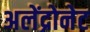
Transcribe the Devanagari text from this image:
अलेंद्रोनेट